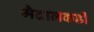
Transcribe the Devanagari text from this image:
मैदालकडी